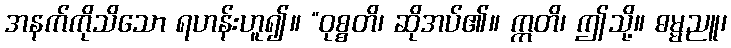
အနက်ကိုသိသော ရဟန်းဟူ၍။ “ဝုစ္စတိ၊ ဆိုအပ်၏။ ဣတိ၊ ဤသို့။ ဓမ္မညူ၊